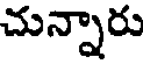
చున్నారు